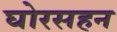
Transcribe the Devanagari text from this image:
घोरसहन